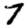
Digit: 7